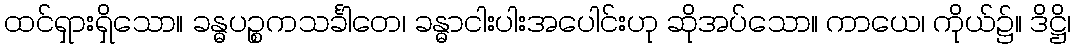
ထင်ရှားရှိသော။ ခန္ဓပဉ္စကသင်္ခါတေ၊ ခန္ဓာငါးပါးအပေါင်းဟု ဆိုအပ်သော။ ကာယေ၊ ကိုယ်၌။ ဒိဋ္ဌိ၊